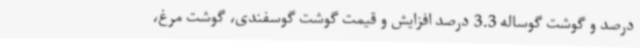
درصد و گوشت گوساله 3.3 درصد افزایش و قیمت گوشت گوسفندی، گوشت مرغ،